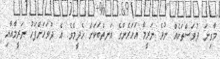
މާގިނަ ދުވަސްތަކެއް ނުވެ ނަރީމާ އަހަރެންގެ އަނތްބަކަށް ހެދީމެވެ. އެ ދުވަހަށްފަހު ނަރީމާއާއި